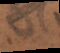
e